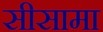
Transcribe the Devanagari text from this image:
सीसामा